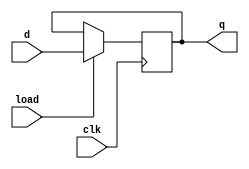
module Reg #(parameter WIDTH=16) (
   input wire clk, load,
   input wire [WIDTH-1:0] d,
   output reg [WIDTH-1:0] q);

always @(posedge clk)
   if (load)
      q <= d;

endmodule